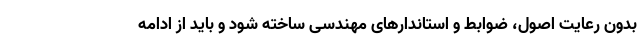
بدون رعایت اصول، ضوابط و استاندارهای مهندسی ساخته شود و باید از ادامه